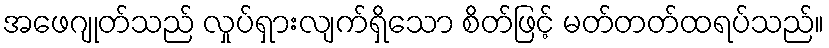
အဖေဂျုတ်သည် လှုပ်ရှားလျက်ရှိသော စိတ်ဖြင့် မတ်တတ်ထရပ်သည်။